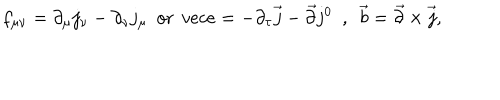
f _ { \mu \nu } = \partial _ { \mu } j _ { \nu } - \partial _ { \nu } j _ { \mu } \ \ \mathrm { o r } \ \, v e c { e } = - \partial _ { \tau } \vec { j } - \vec { \partial } j ^ { 0 } \ \ , \ \ \vec { b } = \vec { \partial } \times \vec { j } ,